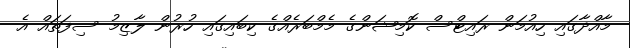
މާއްދާގައި ހިއުމަން ރައިޓްސް ކޮމިޝަންގެ މެމްބަރެއްގެ ކިބައިގައި ހުރުން ލާޒިމު ސިފަތައް އެ